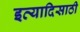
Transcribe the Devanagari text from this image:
इत्यादिसाठी